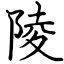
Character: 陵